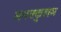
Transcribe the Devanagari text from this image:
मनक्कुलम